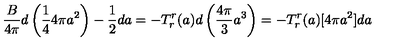
{ \frac { B } { 4 \pi } } d \left( { \frac { 1 } { 4 } } 4 \pi a ^ { 2 } \right) - { \frac { 1 } { 2 } } d a = - T _ { r } ^ { r } ( a ) d \left( { \frac { 4 \pi } { 3 } } a ^ { 3 } \right) = - T _ { r } ^ { r } ( a ) [ 4 \pi a ^ { 2 } ] d a